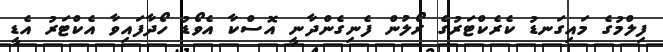
ފިލްމުގެ މައިގަނޑު ކެރެކްޓަރުގެ ރޯލުން ފެނިގެންދާނީ އޮސްކާ އެވޯޑު ހޯދާފައިވާ އެކްޓަރު އެޑީ